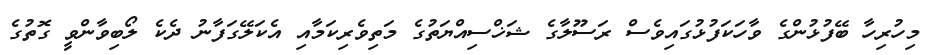
މިހުރިހާ ބޭފުޅުންގެ ވާހަކަފުޅުގައިވެސް ރަސޫލާގެ ޝަޚްސިއްޔަތުގެ މަތިވެރިކަމާއި އެކަލޭގަފާނު ދެކެ ލޯބިވާންވީ ގޮތުގެ